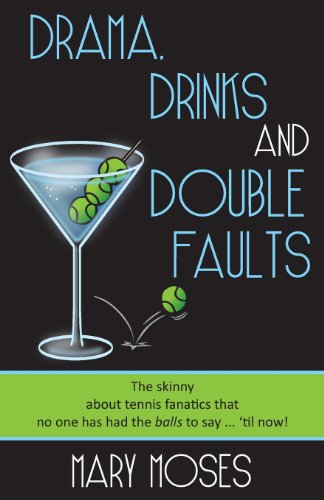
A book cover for Drama, Drinks and Double Faults: The Skinny about Tennis Fanatics That No One Has Had the Balls to Say . . . 'Til Now!; Mary Moses; Literature & Fiction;